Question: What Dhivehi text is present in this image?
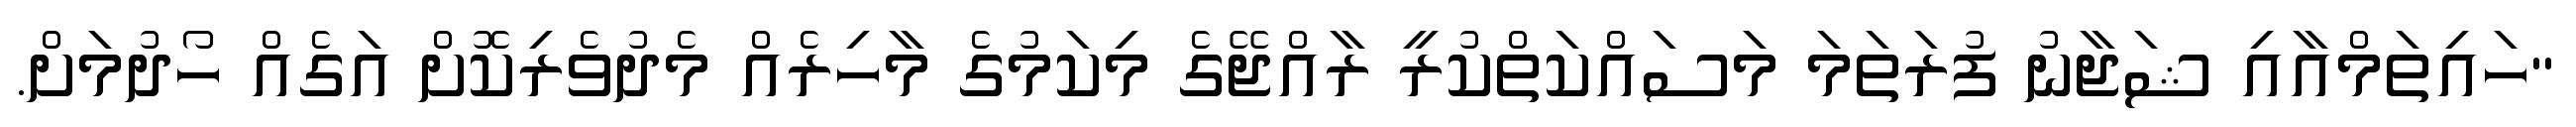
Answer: "ހައިތަމްއާއި ޝަޖާނު ފުރަތަމަ މަސައްކަތްކުރީ ރާއްޖޭގެ މިކަމުގެ މާހިރެއް މެދުވެރިކޮށް އަގެއް ހޯދުމަށް.